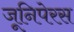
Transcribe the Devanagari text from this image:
जूनिपेरस